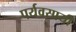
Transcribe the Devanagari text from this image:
पर्यवसायी